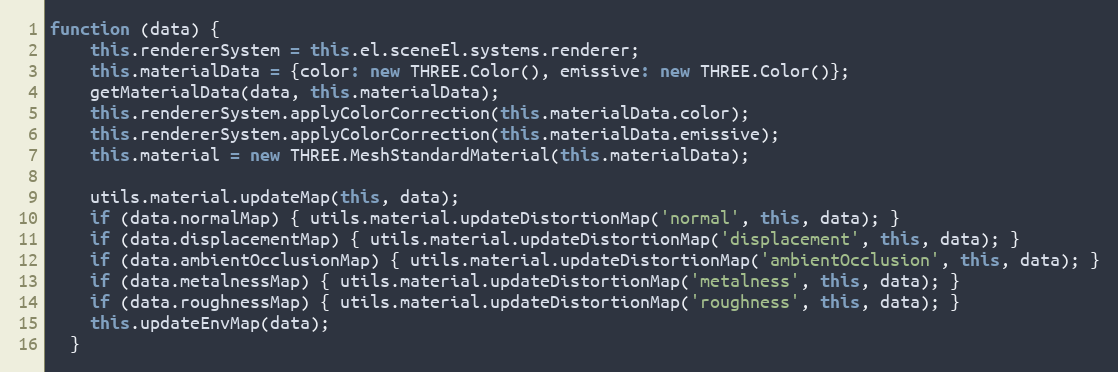
Language: JavaScript
function (data) {
    this.rendererSystem = this.el.sceneEl.systems.renderer;
    this.materialData = {color: new THREE.Color(), emissive: new THREE.Color()};
    getMaterialData(data, this.materialData);
    this.rendererSystem.applyColorCorrection(this.materialData.color);
    this.rendererSystem.applyColorCorrection(this.materialData.emissive);
    this.material = new THREE.MeshStandardMaterial(this.materialData);

    utils.material.updateMap(this, data);
    if (data.normalMap) { utils.material.updateDistortionMap('normal', this, data); }
    if (data.displacementMap) { utils.material.updateDistortionMap('displacement', this, data); }
    if (data.ambientOcclusionMap) { utils.material.updateDistortionMap('ambientOcclusion', this, data); }
    if (data.metalnessMap) { utils.material.updateDistortionMap('metalness', this, data); }
    if (data.roughnessMap) { utils.material.updateDistortionMap('roughness', this, data); }
    this.updateEnvMap(data);
  }